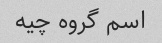
اسم گروه چیه